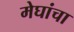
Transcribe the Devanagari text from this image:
मेघांचा